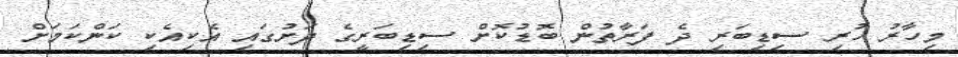
މިހާރު ހުރި ސިޑިބަރި ދެ ފަރާތުން ބޮޑުކޮށް ސިޑިބަރީގެ ދަށުގައި އެކިއެކި ކަންކަމަށް